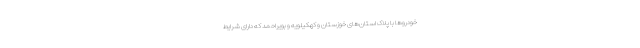
خودروها با پلاک استان‌های خوزستان و کهکیلویه و بویراحمد که دارای شرایط